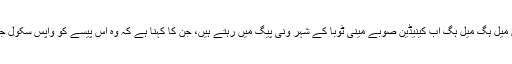
غیر ملکی میڈیا کی رپورٹ کے مطابق میل ہِگ میل ہِگ اب کینیڈین صوبے مینی ٹوبا کے شہر ونی پیگ میں رہتے ہیں، جن کا کہنا ہے کہ وہ اس پیسے کو واپس سکول جانے کے لیے استعمال کرنا چاہتے ہیں۔